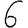
Digit: 6